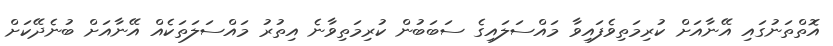
އޮތްތަނުގައި އޭނާއަށް ކުރިމަތިވެފައިވާ މައްސަލައިގެ ސަބަބުން ކުރިމަތިވާނެ އިތުރު މައްސަލަތަކެއް އޭނާއަށް ބުނެދޭކަށް